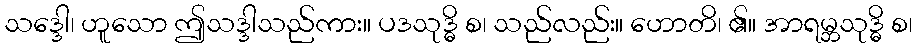
သဒ္ဒေါ၊ ဟူသော ဤသဒ္ဒါသည်ကား။ ပဒသုဒ္ဓိ စ၊ သည်လည်း။ ဟောတိ၊ ၏။ အာရမ္ဘသုဒ္ဓိ စ၊